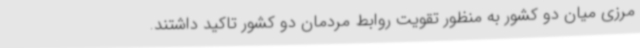
مرزی میان دو کشور به منظور تقویت روابط مردمان دو کشور تاکید داشتند.